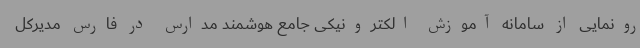
رونمایی از سامانه آموزش الکترونیکی جامع هوشمند مدارس در فارس مدیرکل